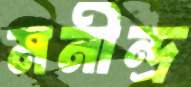
মনীন্দ্র